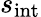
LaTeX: s_{\mathrm{int}}